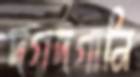
দগদগানি